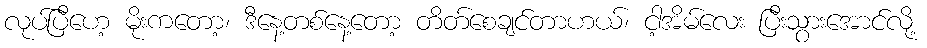
လုပ်ပြီဟေ့ မိုးကတော့၊ ဒီနေ့တစ်နေ့တော့ တိတ်စေချင်တာဟယ်၊ ငါ့အိမ်လေး ပြီးသွားအောင်လို့